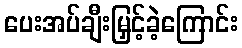
ပေးအပ်ချီးမြှင့်ခဲ့ကြောင်း